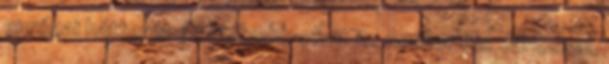
európai hátterét és mélyebb okait is. Amikor Kis Jánossal,